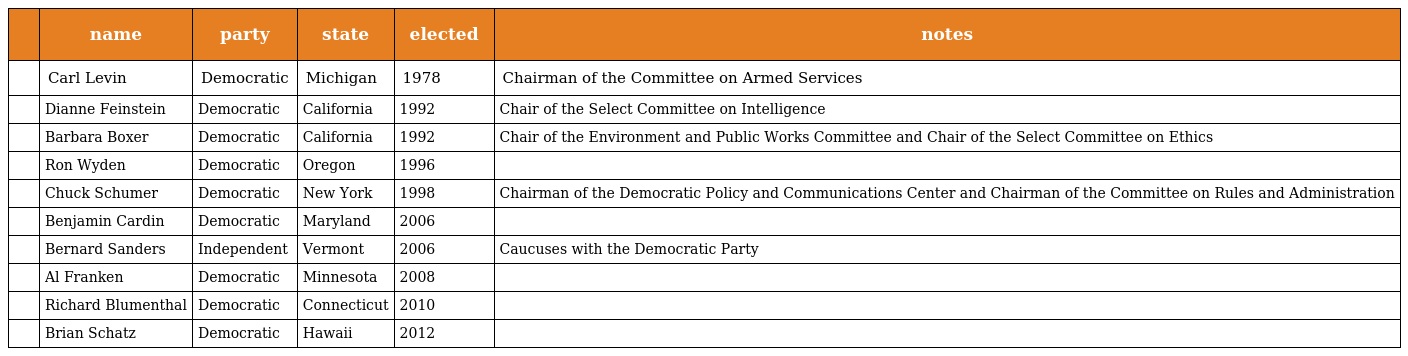
|  | name | party | state | elected | notes |
 | --- | --- | --- | --- | --- | --- |
 |  | Carl Levin | Democratic | Michigan | 1978 | Chairman of the Committee on Armed Services |
 |  | Dianne Feinstein | Democratic | California | 1992 | Chair of the Select Committee on Intelligence |
 |  | Barbara Boxer | Democratic | California | 1992 | Chair of the Environment and Public Works Committee and Chair of the Select Committee on Ethics |
 |  | Ron Wyden | Democratic | Oregon | 1996 |  |
 |  | Chuck Schumer | Democratic | New York | 1998 | Chairman of the Democratic Policy and Communications Center and Chairman of the Committee on Rules and Administration |
 |  | Benjamin Cardin | Democratic | Maryland | 2006 |  |
 |  | Bernard Sanders | Independent | Vermont | 2006 | Caucuses with the Democratic Party |
 |  | Al Franken | Democratic | Minnesota | 2008 |  |
 |  | Richard Blumenthal | Democratic | Connecticut | 2010 |  |
 |  | Brian Schatz | Democratic | Hawaii | 2012 |  |